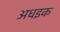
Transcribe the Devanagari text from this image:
अधइक